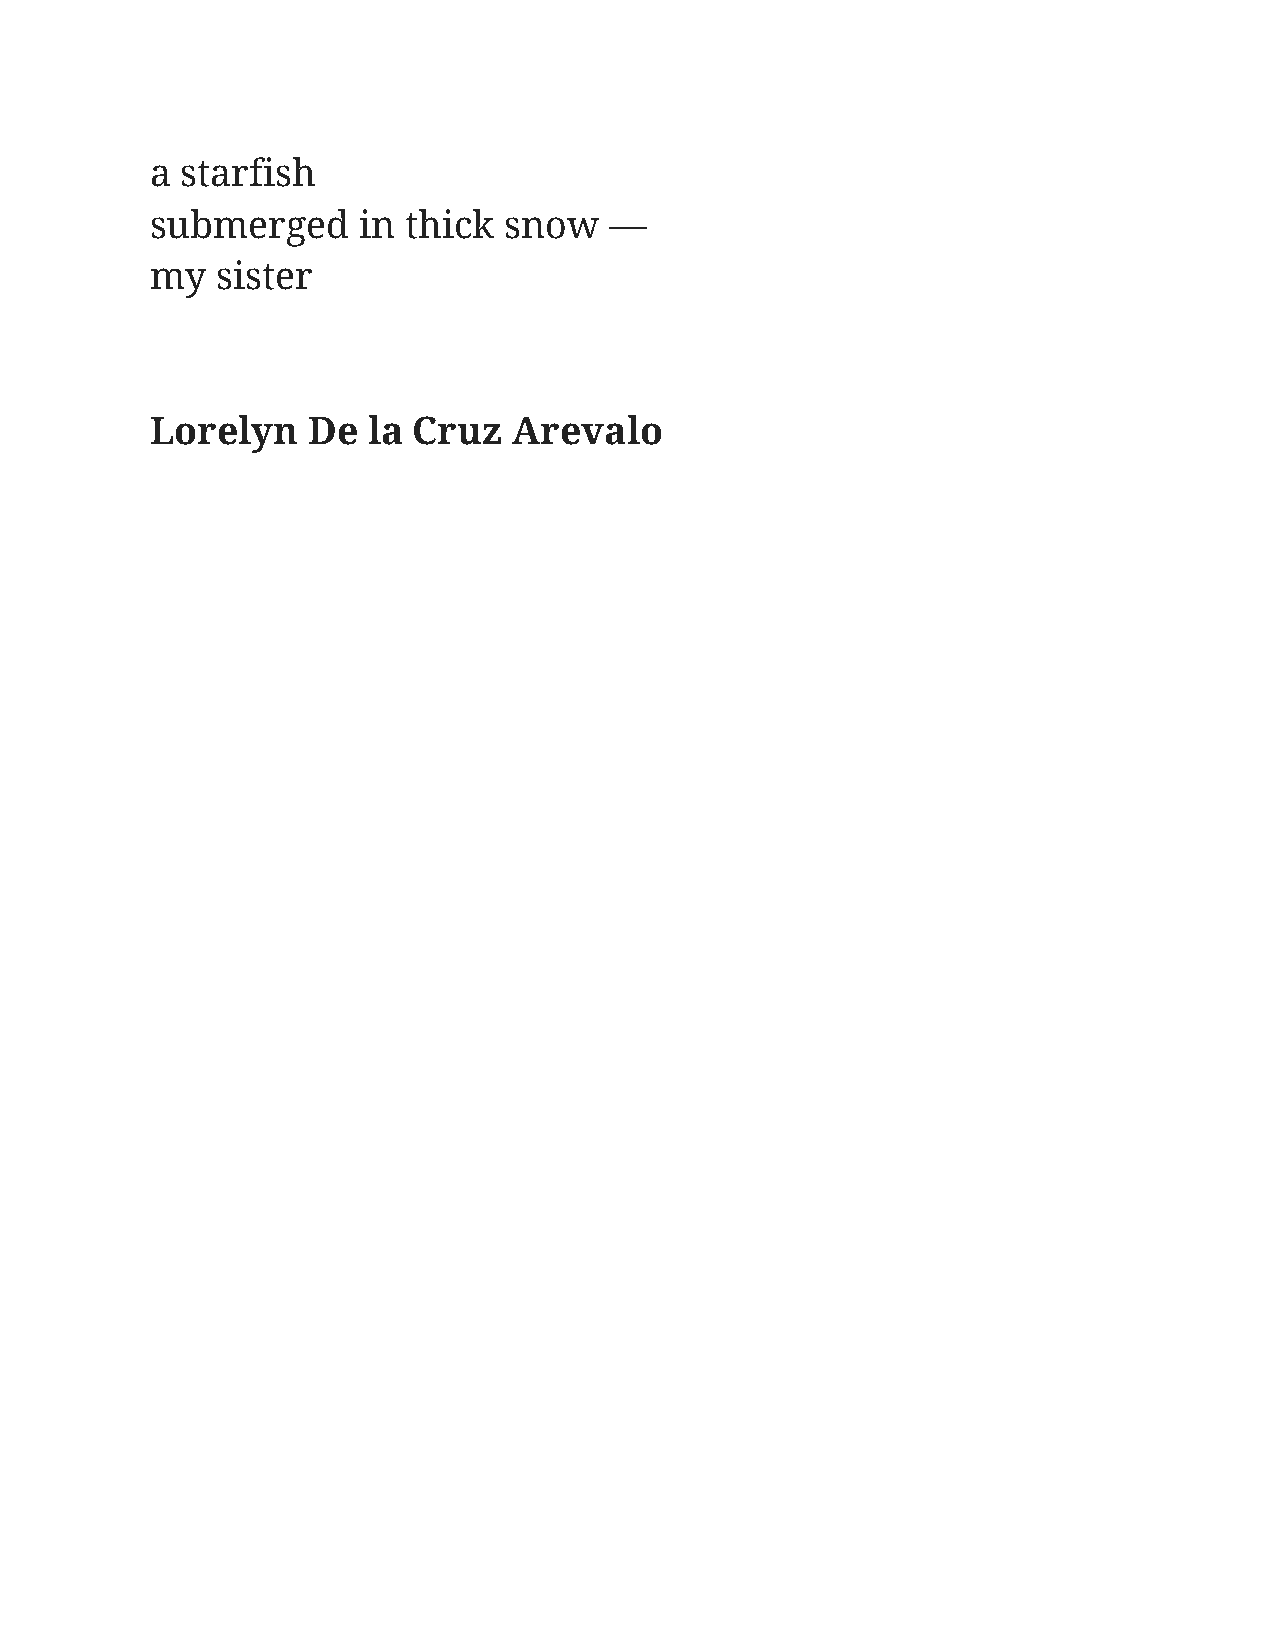
a starfish
 submerged     in thick snow   —
 my  sister
 Lorelyn   De  la Cruz   Arevalo